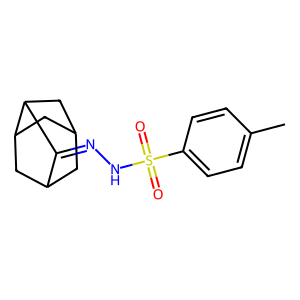
SMILES: Cc1ccc(S(=O)(=O)NN=C2C3CC4CC(C3)C2C4)cc1
Inhibits HIV replication: No